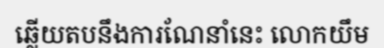
ឆ្លើយតបនឹងការណែនាំនេះ លោកយឹម